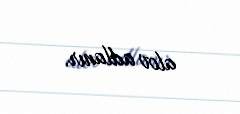
alov adlanır.